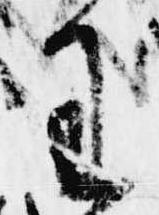
王